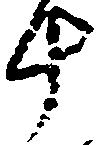
十